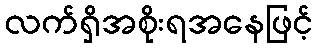
လက်ရှိအစိုးရအနေဖြင့်